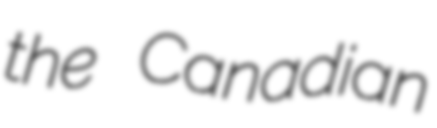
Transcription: the Canadian